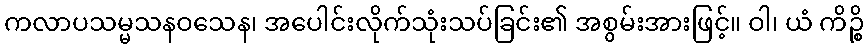
ကလာပသမ္မသနဝသေန၊ အပေါင်းလိုက်သုံးသပ်ခြင်း၏ အစွမ်းအားဖြင့်။ ဝါ၊ ယံ ကိဉ္စိ